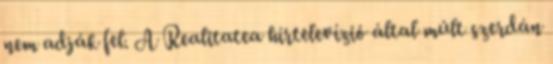
nem adják fel. A Realitatea hírtelevízió által múlt szerdán